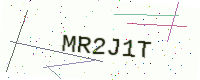
Text: MR2J1T